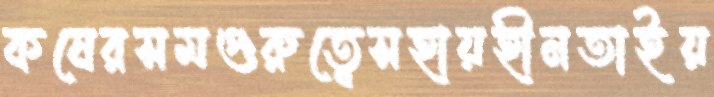
কষেরসমগুরুত্বেসহায়হীনতাইয়